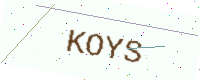
Text: KOYS